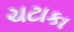
ચટાકા